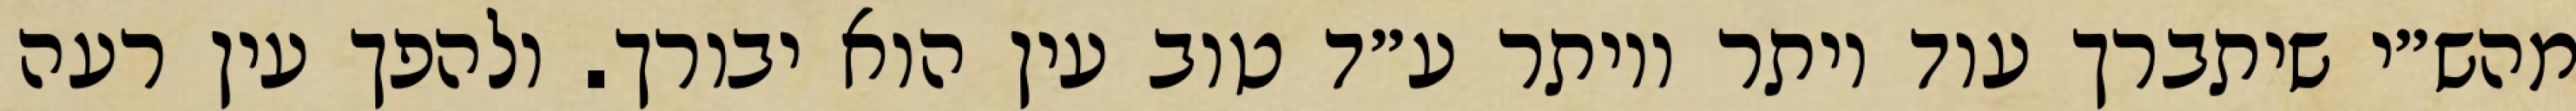
מהש״י שיתברך עוד יותר ויותר ע״ד טוב עין הוא יבורך. ולהפך עין רעה